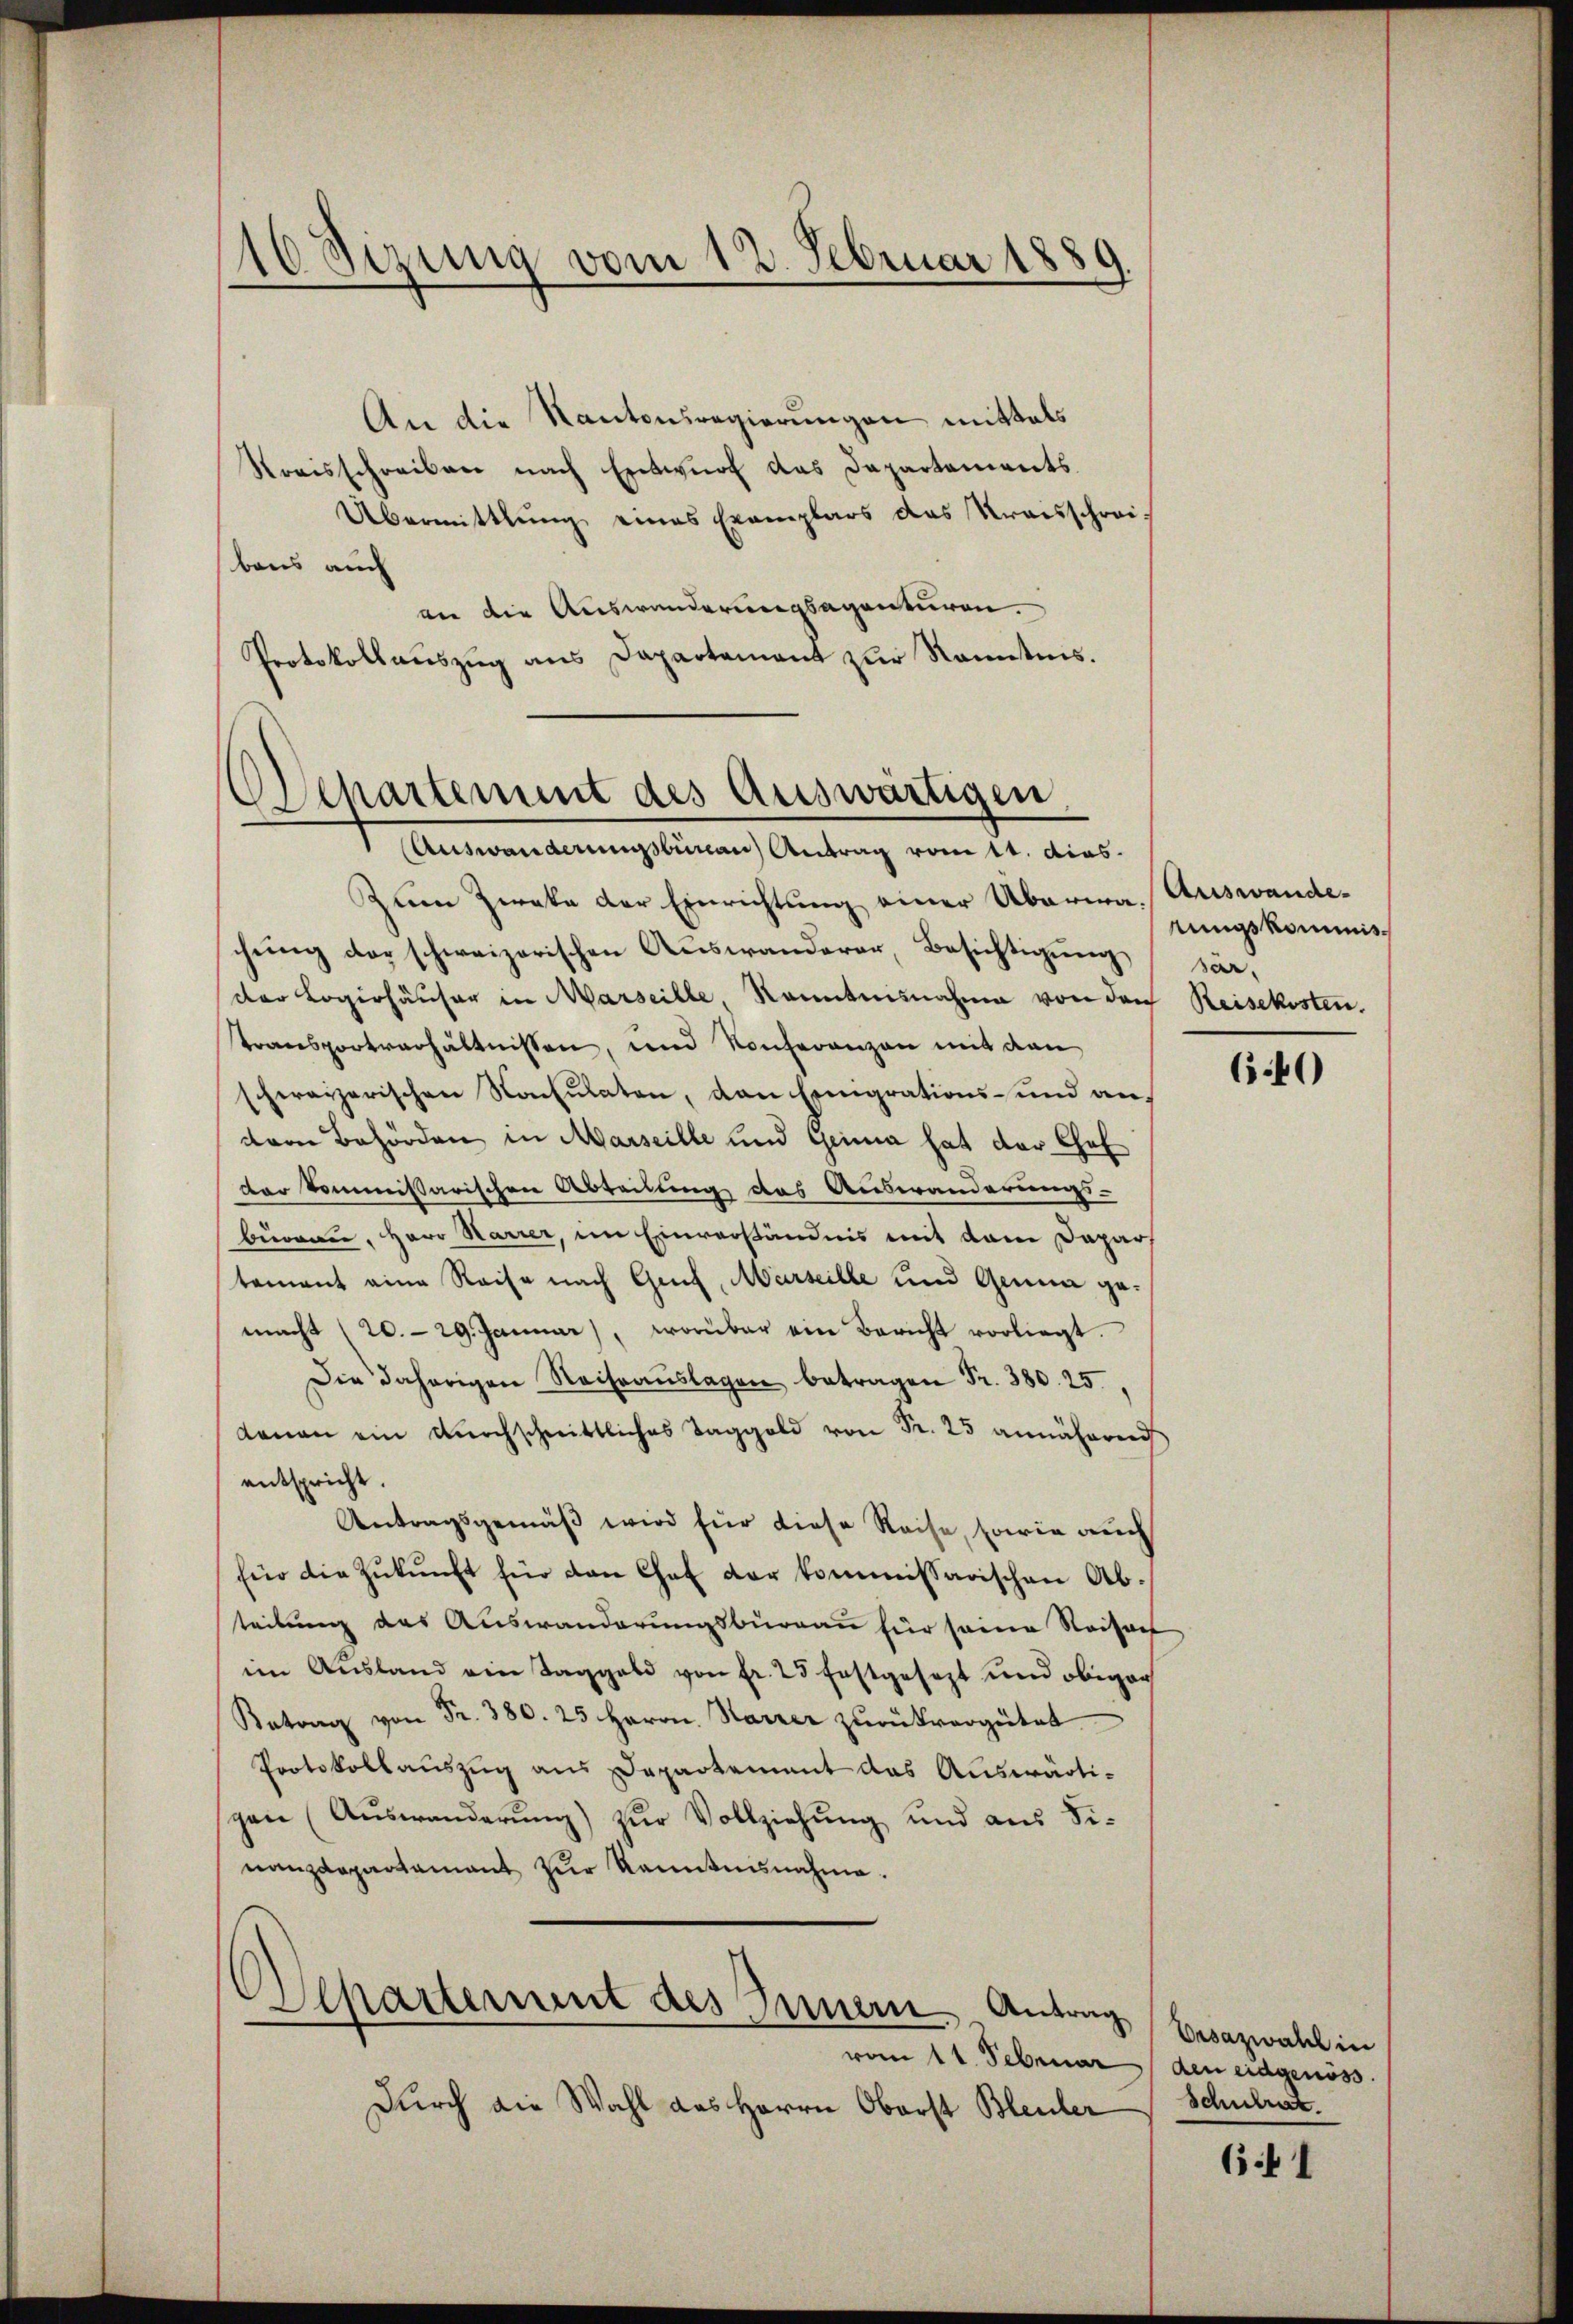
16 Sezung vom 12. Februar 1889

An die Kantonsregierungen mittels
Streisschreiben nach Entwŭrf das Departements
Übermittlung eines Exemplars des Kraisschrei-
baus auch
an die Auswanderungsagenturen.
Protokollauszug aus Dapartement zur Kenntnis.

Departement des Auswärtigen,
(Auswanderungsbureau Antrag vom 11. dies

Zum Zweke der Einrichtung einer Abaria, Auswandechŭng der schweizerischen Auswanderer, Besichtigung sär,
der Logirhäuser in Marseille Kenntnisnahme von der Reisekosten.
transportverhältnissen, und Konferenzen mit den
schweizerischen Konsulaten, den Eingrations- und anver Behörden in Marseille und Geina hat der Chef
der kommißarischen Abteilung das Auswanderungs-
burren, Herr Marier, im Einverständnis mit dem Dapars
tament eine Reise nach Genf, Marseille und Genua gemacht (20. 29. Januar), worüber ein Bericht vorliegt.
Die daherigen Reiseaŭslagen betragen Fr. 380. 25.
denan ein dŭrchschnittliches Taggeld von Fr. 25 annäherend
entspricht.
Antragsgemäß wird für diese Reise, sowie auch
für die Zŭkŭnft für den Chef der kommissarischen Ab-
teilung das Auswanderungsburgau für seine Reiserh
im Ausland ein Taggeld von fr. 25 festgesezt und obiger
Antrag von Fr. 380. 25 Herrn Harrer zŭrükvergütet
Protokollauszug aus Departement das Auswärtipen (Auswanderung) zur Vollziehung und aus Sinanzdepartamant zŭr Kenntnisnahme.
.
Ilhartement des Innern Antrag
vom 11. Februar (den eidgenöss.
Durch die Wahl des Herrn Oberst Bleuler

rungskommis¬

6.40

Vrsazwahl in
Schulrat.

61